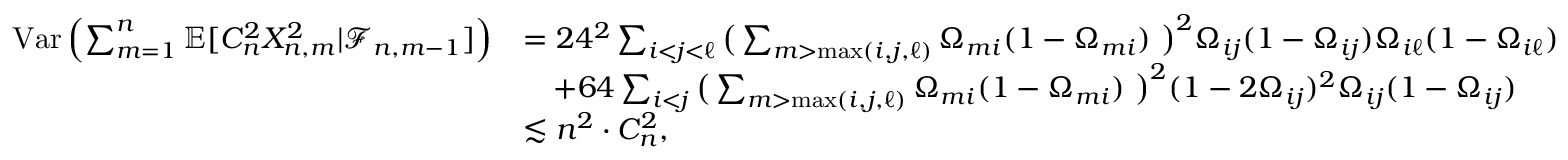
\begin{array} { r l } { \mathrm { V a r } \left( \sum _ { m = 1 } ^ { n } \mathbb { E } [ C _ { n } ^ { 2 } X _ { n , m } ^ { 2 } | \mathcal { F } _ { n , m - 1 } ] \right) } & { = 2 4 ^ { 2 } \sum _ { i < j < \ell } \big ( \sum _ { m > \operatorname* { m a x } ( i , j , \ell ) } \Omega _ { m i } ( 1 - \Omega _ { m i } ) \, \, \big ) ^ { 2 } \Omega _ { i j } ( 1 - \Omega _ { i j } ) \Omega _ { i \ell } ( 1 - \Omega _ { i \ell } ) } \\ & { \quad + 6 4 \sum _ { i < j } \big ( \sum _ { m > \operatorname* { m a x } ( i , j , \ell ) } \Omega _ { m i } ( 1 - \Omega _ { m i } ) \, \, \big ) ^ { 2 } ( 1 - 2 \Omega _ { i j } ) ^ { 2 } \Omega _ { i j } ( 1 - \Omega _ { i j } ) } \\ & { \lesssim n ^ { 2 } \cdot C _ { n } ^ { 2 } , } \end{array}